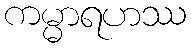
ကမ္မာရဟဿ